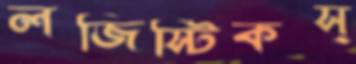
লজিস্টিকস্